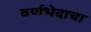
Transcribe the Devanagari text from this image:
वर्णभेदाचा